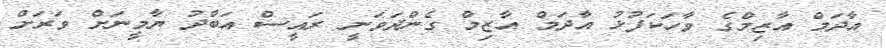
އާދަމް އާޒިމްގެ ވާހަކަފުޅު އާދަމް އާޒިމް ގެންދަވަނީ ރައީސް އަބްދު ޔާމީނަށް ވަރަށް